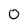
Character: 0